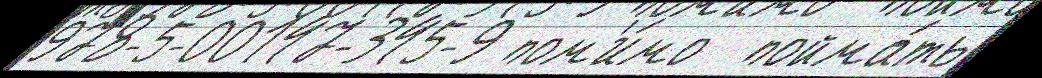
978-5-00147-345-9 пом'и́мо  пойма́ть